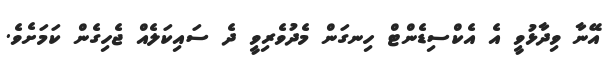
އޭނާ ވިދާޅުވީ އެ އެކްސިޑެންޓް ހިނގަން މެދުވެރިވީ ދެ ސައިކަލެއް ޖެހިގެން ކަމަށެވެ.